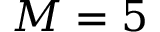
M = 5